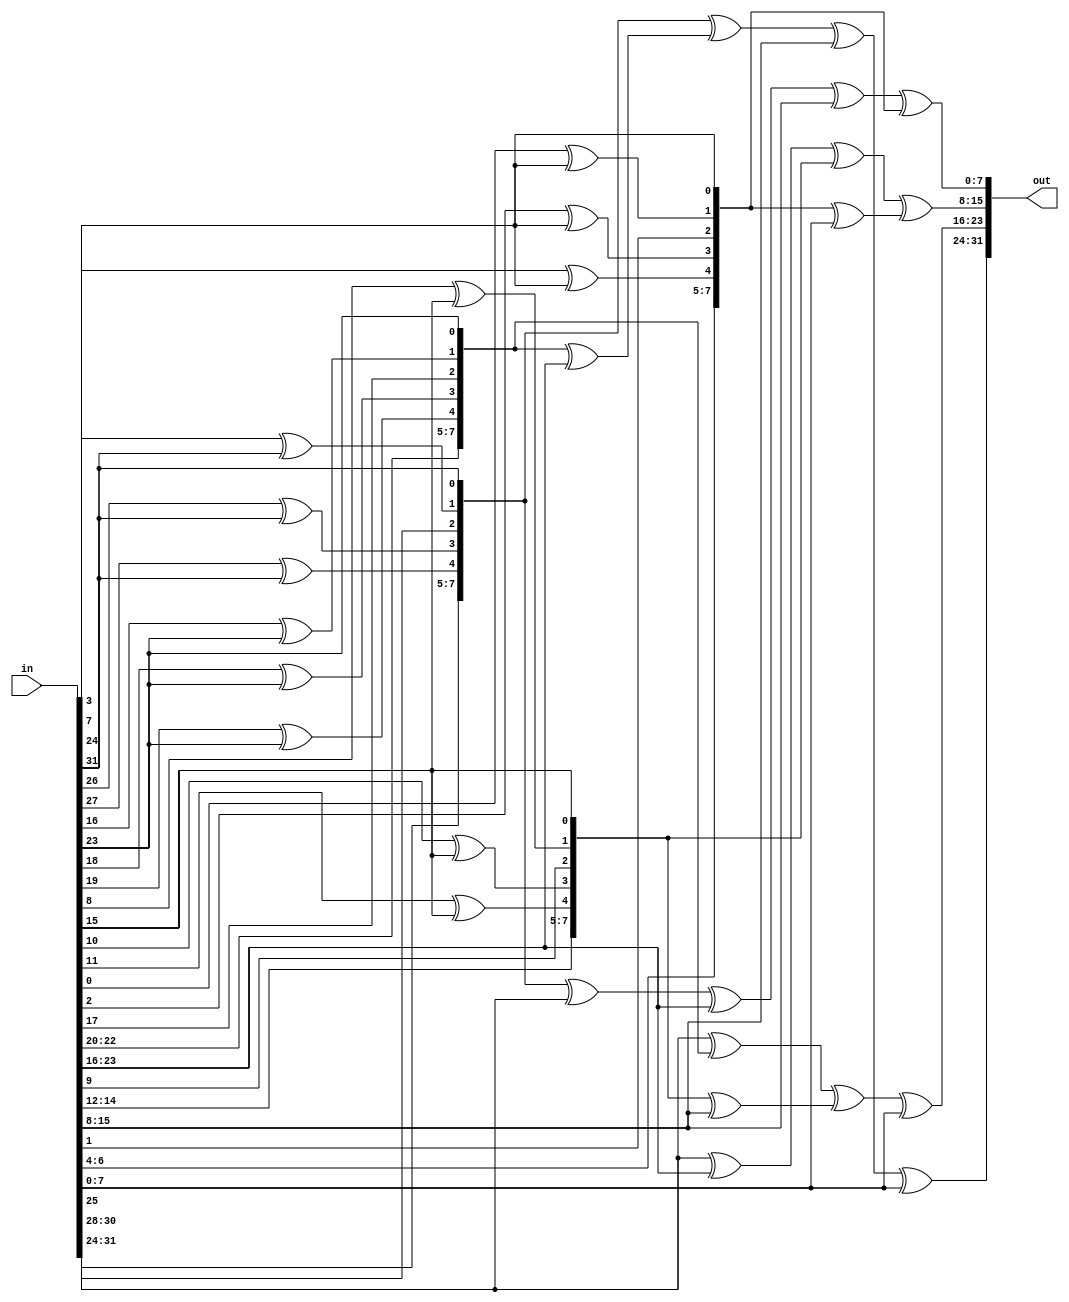
// Copyright 2007 Altera Corporation. All rights reserved.  
// Altera products are protected under numerous U.S. and foreign patents, 
// maskwork rights, copyrights and other intellectual property laws.  
//
// This reference design file, and your use thereof, is subject to and governed
// by the terms and conditions of the applicable Altera Reference Design 
// License Agreement (either as signed by you or found at www.altera.com).  By
// using this reference design file, you indicate your acceptance of such terms
// and conditions between you and Altera Corporation.  In the event that you do
// not agree with such terms and conditions, you may not use the reference 
// design file and please promptly destroy any copies you have made.
//
// This reference design file is being provided on an "as-is" basis and as an 
// accommodation and therefore all warranties, representations or guarantees of 
// any kind (whether express, implied or statutory) including, without 
// limitation, warranties of merchantability, non-infringement, or fitness for
// a particular purpose, are specifically disclaimed.  By making this reference
// design file available, Altera expressly does not recommend, suggest or 
// require that this reference design file be used in combination with any 
// other product not provided by Altera.
/////////////////////////////////////////////////////////////////////////////

// baeckler - 03-08-2006
// Handle the rijndael mix_columns and inverse
//
// input and output ordering is
//  (msb) s0,c s1,c s2,c s3,c (lsb)

////////////////////////////////////////////////////
// One column mixing operation
////////////////////////////////////////////////////
module mix_one_column (in,out);

input [4*8-1:0] in;
output [4*8-1:0] out;
wire [4*8-1:0] out;

function [7:0] mult2;
	input [7:0] n;
	begin
		mult2 = {n[6],n[5],n[4],n[3]^n[7],n[2]^n[7],n[1],n[0]^n[7],n[7]};
	end
endfunction

function [7:0] mult3;
	input [7:0] n;
	begin
		mult3 = mult2(n) ^ n;
	end
endfunction

wire [7:0] s0_i,s1_i,s2_i,s3_i;
wire [7:0] s0_o,s1_o,s2_o,s3_o;

assign {s0_i,s1_i,s2_i,s3_i} = in;

assign s0_o = mult2(s0_i) ^ mult3(s1_i) ^ s2_i ^ s3_i;
assign s1_o = s0_i ^ mult2(s1_i) ^ mult3(s2_i) ^ s3_i;
assign s2_o = s0_i ^ s1_i ^ mult2(s2_i) ^ mult3(s3_i);
assign s3_o = mult3(s0_i) ^ s1_i ^ s2_i ^ mult2(s3_i);

assign out = {s0_o,s1_o,s2_o,s3_o};

endmodule

////////////////////////////////////////////////////
// mix_columns implemented as 4 single col mixers
////////////////////////////////////////////////////
module mix_columns (in,out);
input [16*8-1 : 0] in;
output [16*8-1 : 0] out;
wire [16*8-1 : 0] out;

genvar i;
generate
    for (i=0; i<4; i=i+1)
    begin : mx
       mix_one_column m (.in(in[32*i+31:32*i]),
						.out(out[32*i+31:32*i]));
    end
endgenerate
endmodule

////////////////////////////////////////////////////
// Inverse One column mixing operation
////////////////////////////////////////////////////
module inv_mix_one_column (in,out);

input [4*8-1:0] in;
output [4*8-1:0] out;
wire [4*8-1:0] out;

function [7:0] mult2;
	input [7:0] n;
	begin
		mult2 = {n[6],n[5],n[4],n[3]^n[7],n[2]^n[7],n[1],n[0]^n[7],n[7]};
	end
endfunction

function [7:0] mult4;
	input [7:0] n;
	begin
		mult4 = {n[5],	n[4],	n[3]^n[7],	n[2]^n[7]^n[6],
				n[6]^n[1],	n[0]^n[7],	n[6]^n[7],	n[6]};
	end
endfunction

function [7:0] mult8;
	input [7:0] n;
	begin
		mult8 = {n[4],	n[3]^n[7],	n[2]^n[7]^n[6],	n[5]^n[6]^n[1],
				n[5]^n[0]^n[7],	n[6]^n[7],	n[6]^n[5],	n[5]};
	end
endfunction

// equivalent to mult8 ^ mult2
function [7:0] multa;
	input [7:0] n;
	begin
		multa = {n[4]^n[6],	n[3]^n[7]^n[5],	n[4]^n[2]^n[7]^n[6],	n[5]^n[6]^n[1]^n[3]^n[7],
				n[5]^n[0]^n[2],	n[6]^n[7]^n[1],	n[0]^n[7]^n[6]^n[5],	n[7]^n[5]};
	end
endfunction

// equivalent to mult8 ^ mult4
function [7:0] multc;
	input [7:0] n;
	begin
		multc = {n[4]^n[5],	n[4]^n[3]^n[7],	n[2]^n[3]^n[6],	n[2]^n[5]^n[7]^n[1],
				n[6]^n[1]^n[5]^n[0]^n[7],	n[6]^n[0],	n[7]^n[5],	n[6]^n[5]};
	end
endfunction

function [7:0] mult9;
	input [7:0] n;
	begin
		mult9 = mult8(n) ^ n;
	end
endfunction

function [7:0] multb;
	input [7:0] n;
	begin
		multb = multa(n) ^ n;
	end
endfunction

function [7:0] multd;
	input [7:0] n;
	begin
		multd = multc(n) ^ n;
	end
endfunction

function [7:0] multe;
	input [7:0] n;
	begin
		multe = {n[5]^n[4]^n[6],	n[4]^n[3]^n[7]^n[5],	n[4]^n[2]^n[3]^n[6],	n[5]^n[2]^n[1]^n[3],
				n[6]^n[1]^n[5]^n[0]^n[2],	n[6]^n[0]^n[1],	n[0]^n[5],	n[7]^n[5]^n[6]};
	end
endfunction

wire [7:0] s0_i,s1_i,s2_i,s3_i;
wire [7:0] s0_o,s1_o,s2_o,s3_o;

assign {s0_i,s1_i,s2_i,s3_i} = in;

assign s0_o = multe(s0_i) ^ multb(s1_i) ^ multd(s2_i) ^ mult9(s3_i);
assign s1_o = mult9(s0_i) ^ multe(s1_i) ^ multb(s2_i) ^ multd(s3_i);
assign s2_o = multd(s0_i) ^ mult9(s1_i) ^ multe(s2_i) ^ multb(s3_i);
assign s3_o = multb(s0_i) ^ multd(s1_i) ^ mult9(s2_i) ^ multe(s3_i);

assign out = {s0_o,s1_o,s2_o,s3_o};

endmodule

////////////////////////////////////////////////////
// inv_mix_columns implemented as 4 single col mixers
////////////////////////////////////////////////////
module inv_mix_columns (in,out);
input [16*8-1 : 0] in;
output [16*8-1 : 0] out;
wire [16*8-1 : 0] out;

genvar i;
generate
    for (i=0; i<4; i=i+1)
    begin : mx
       inv_mix_one_column m (.in(in[32*i+31:32*i]),
						.out(out[32*i+31:32*i]));
    end
endgenerate
endmodule


////////////////////////////////////////////////////
// Quick sanity checker testbench 
////////////////////////////////////////////////////
module mix_col_test ();
reg [31:0] dat;
wire [31:0] mix;
wire [31:0] inv;
reg fail = 0;

mix_one_column mc (.in(dat),.out(mix));
inv_mix_one_column imc (.in(mix),.out(inv));

initial begin 
	dat = 0;
	fail = 0;
	#100000
	if (!fail) $display ("PASS");
	$stop();
end

always begin
	#50 dat = $random;
	#50 if (inv != dat) begin
		$display ("Mismatch at time %d",$time);
		fail = 1;
	end
end
endmodule